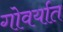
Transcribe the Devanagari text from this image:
गोवर्यात